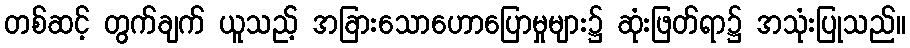
တစ်ဆင့် တွက်ချက် ယူသည့် အခြားသောဟောပြောမှုများ၌ ဆုံးဖြတ်ရာ၌ အသုံးပြုသည်။